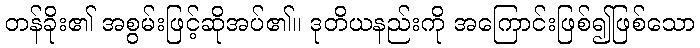
တန်ခိုး၏ အစွမ်းဖြင့်ဆိုအပ်၏။ ဒုတိယနည်းကို အကြောင်းဖြစ်၍ဖြစ်သော